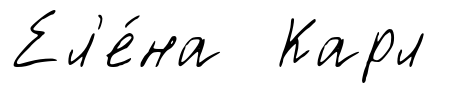
Ел'е́на Карл